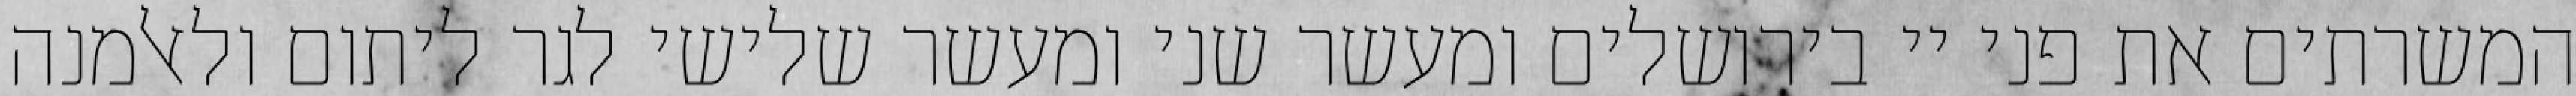
המשרתים את פני יי בירושלים ומעשר שני ומעשר שלישי לגר ליתום ולאלמנה